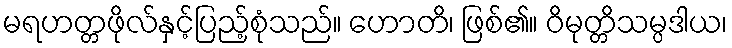
မရဟတ္တဖိုလ်နှင့်ပြည့်စုံသည်။ ဟောတိ၊ ဖြစ်၏။ ဝိမုတ္တိသမ္ပဒါယ၊